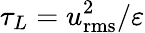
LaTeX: \tau_{L}=u_{\mathrm{rms}}^{2}/\varepsilon